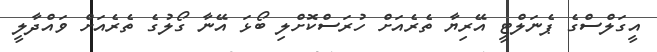
އީގަލްސްގެ ޕެނަލްޓީ އޭރިޔާ ތެރެއަށް ހުރަސްކޮށްލި ބޯޅަ އޭނާ ގޯލުގެ ތެރެއަށް ވައްދާލީ